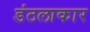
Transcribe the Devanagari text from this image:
डंठलाकार